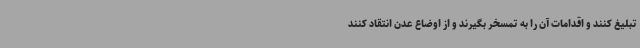
تبلیغ کنند و اقدامات آن را به تمسخر بگیرند و از اوضاع عدن انتقاد کنند